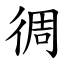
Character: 徟